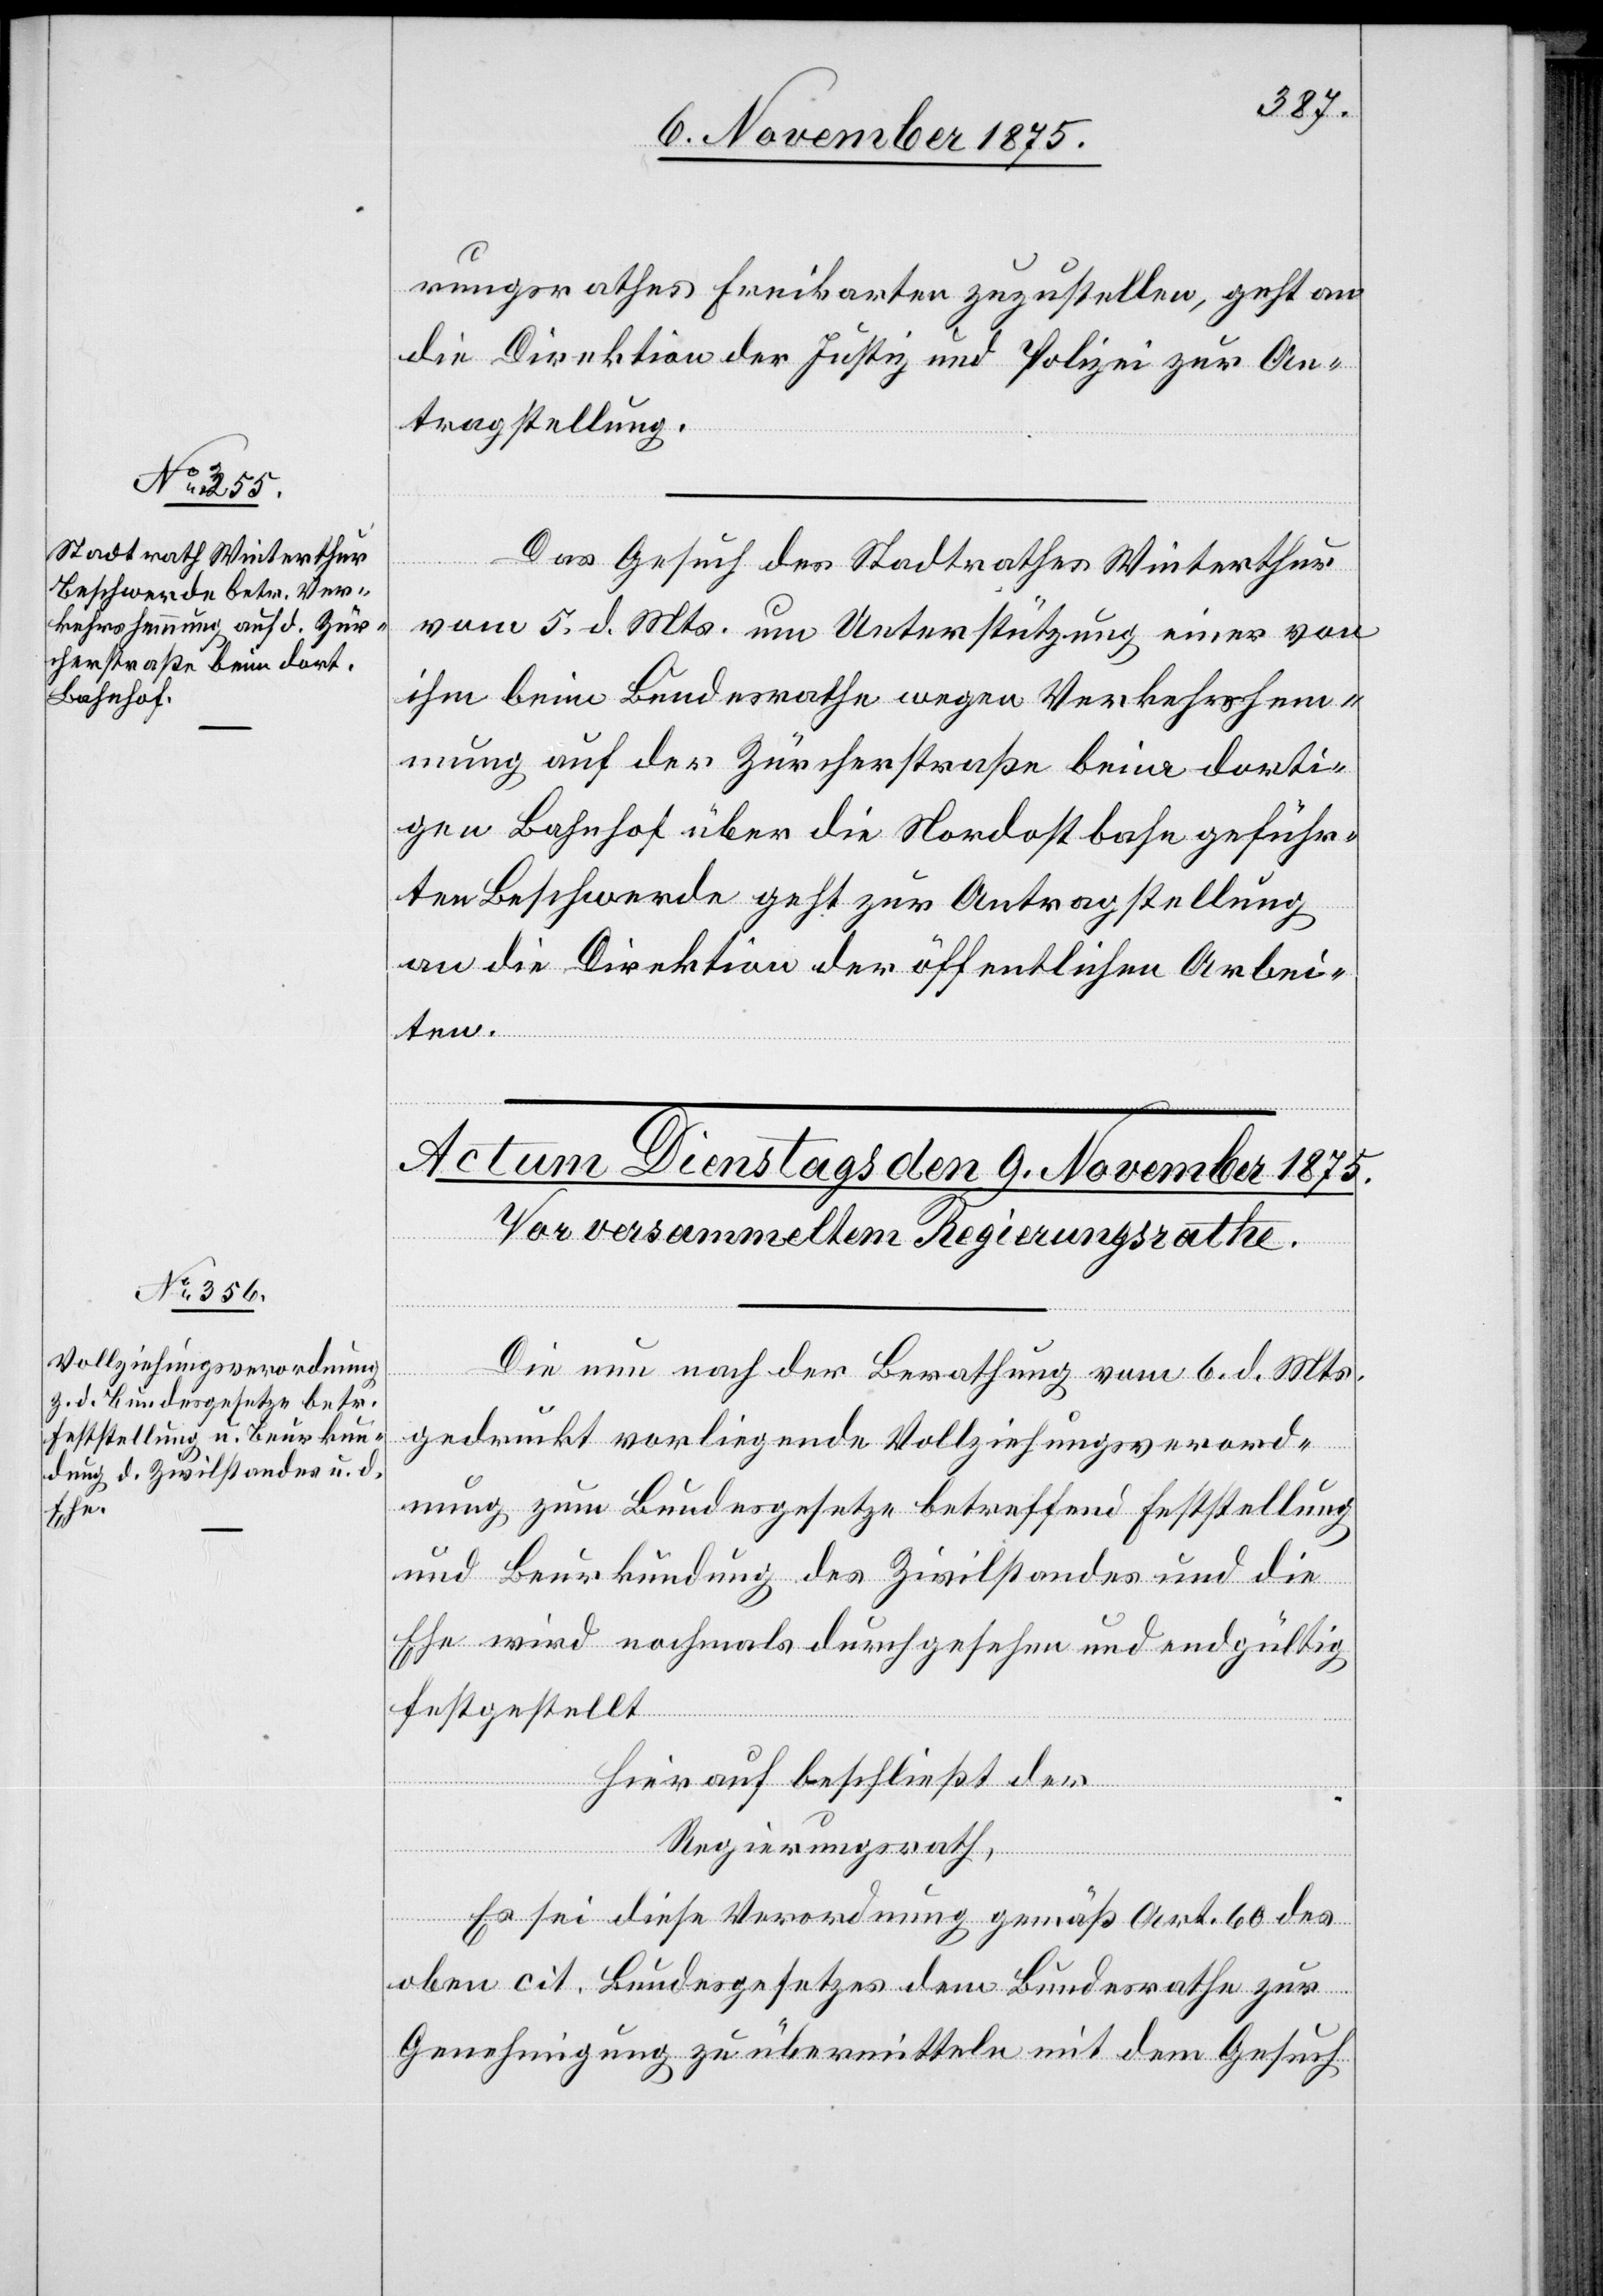
8. November 1875.]
rungsrathes Freikarten zuzustellen, geht an
die Direktion der Justiz und Polizei zur An¬
tragstellung.
Das Gesuch des Stadtrathes Winterthur
vom 5. d. Mts. um Unterstützung einer von
ihm beim Bundesrathe wegen Verkehrshem¬
mung auf der Zürcherstraße beim dorti¬
gen Bahnhof über die Nordostbahn geführ¬
ten Beschwerde geht zur Antragstellung
an die Direktion der öffentlichen Arbei¬
ten.
Die nun nach der Berathung vom 6. d. Mts.
gedruckt vorliegende Vollziehungsverord¬
nung zum Bundesgesetze betreffend Feststellung
und Beurkundung des Zivilstandes und die
Ehe wird nochmals durchgesehen und endgültig
festgestellt
hierauf beschließt der
Regierungsrath,
Es sei diese Verordnung gemäß Art. 60 des
oben cit. Bundesgesetzes dem Bundesrathe zur
Genehmigung zu übermitteln mit dem Gesuch